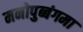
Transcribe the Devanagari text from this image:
मनोपुब्बंगमा